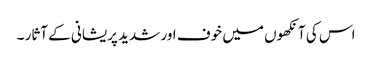
اس کی آنکھوں میں خوف اور شدید پریشانی کے آثار ۔